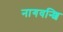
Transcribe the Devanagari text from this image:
नागवन्शि